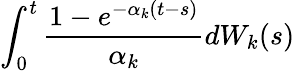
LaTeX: \int_{0}^{t}\frac{1-e^{-\alpha_{k}(t-s)}}{\alpha_{k}}dW_{k}(s)